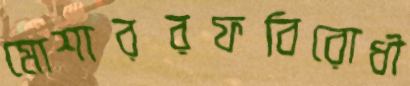
মোশাররফবিরোধী